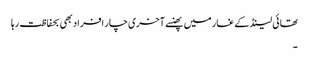
تھائی لینڈ کے غار میں پھنسے آخری چار افراد بھی بحفاظت رہا
۔